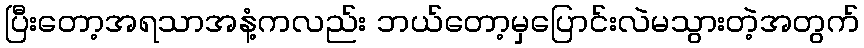
ပြီးတော့အရသာအနံ့ကလည်း ဘယ်တော့မှပြောင်းလဲမသွားတဲ့အတွက်